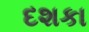
દશકા